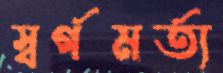
স্বর্গমর্ত্য